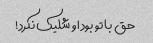
حق با تو بود او شلیک نکرد!